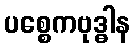
ပစ္စေကဗုဒ္ဓါန